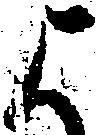
よ